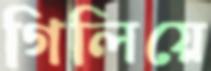
গিলিয়ে